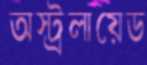
অস্ট্রলায়েড